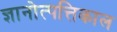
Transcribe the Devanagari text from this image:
ज्ञानोत्पत्तिकाल